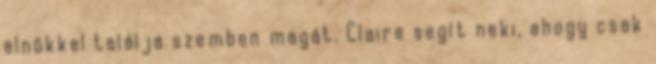
elnökkel találja szemben magát. Claire segít neki, ahogy csak